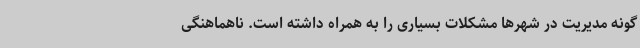
گونه مدیریت در شهرها مشکلات بسیاری را به همراه داشته است. ناهماهنگی